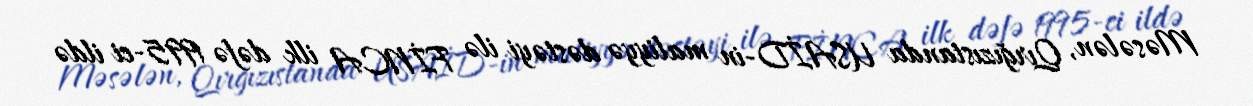
Məsələn, Qırğızıstanda USAİD-in maliyyə dəstəyi ilə FİNCA ilk dəfə 1995-ci ildə